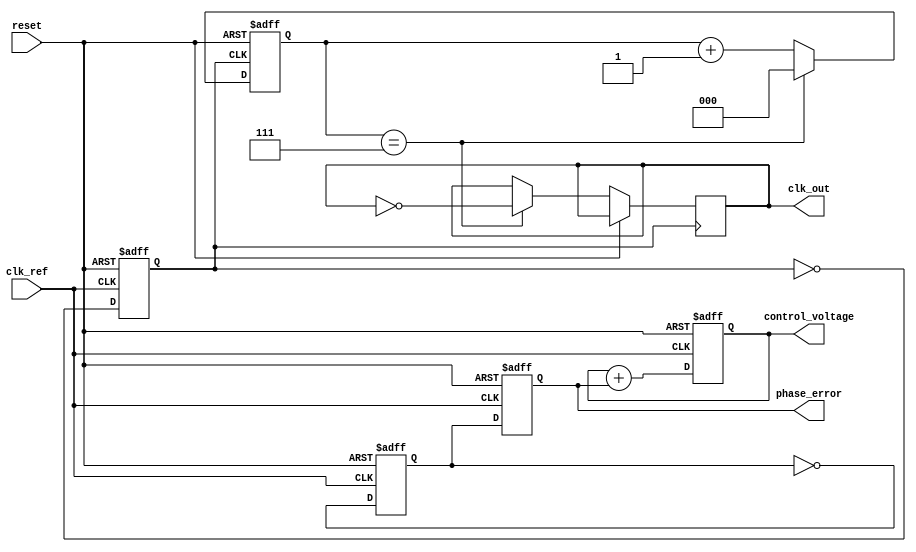
module PLL (
    input wire clk_ref,          // Reference clock input
    input wire reset,            // Reset signal
    output wire clk_out,         // Output clock signal
    output wire phase_error,      // Phase error output
    output wire [7:0] control_voltage // Control voltage for VCO
);

// Phase Detector
reg phase_detector_out;
reg phase_error_signal;

always @(posedge clk_ref or posedge reset) begin
    if (reset) begin
        phase_detector_out <= 0;
        phase_error_signal <= 0;
    end else begin
        // Simple phase detection logic (for illustration)
        phase_detector_out <= ~phase_detector_out; // Toggle for phase comparison
        phase_error_signal <= phase_detector_out; // Generate phase error signal
    end
end

// Loop Filter
reg [7:0] loop_filter_out;

always @(posedge clk_ref or posedge reset) begin
    if (reset) begin
        loop_filter_out <= 0;
    end else begin
        // Simple low-pass filter (for illustration)
        loop_filter_out <= loop_filter_out + phase_error_signal; // Integrate phase error
    end
end

// Voltage-Controlled Oscillator (VCO)
reg clk_vco;
reg [7:0] vco_tuning;

always @(posedge clk_ref or posedge reset) begin
    if (reset) begin
        clk_vco <= 0;
        vco_tuning <= 0;
    end else begin
        vco_tuning <= loop_filter_out; // Control voltage from loop filter
        // Generate output clock based on control voltage
        clk_vco <= ~clk_vco; // Simple toggle for illustration
    end
end

// Frequency Divider
reg [2:0] divider_count;
always @(posedge clk_vco or posedge reset) begin
    if (reset) begin
        divider_count <= 0;
    end else begin
        divider_count <= divider_count + 1;
        if (divider_count == 3'b111) begin // Divide by 8 for example
            clk_out <= ~clk_out;
            divider_count <= 0;
        end
    end
end

// Output assignments
assign phase_error = phase_error_signal;
assign control_voltage = loop_filter_out;

endmodule